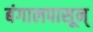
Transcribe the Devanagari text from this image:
बंगालपासून्